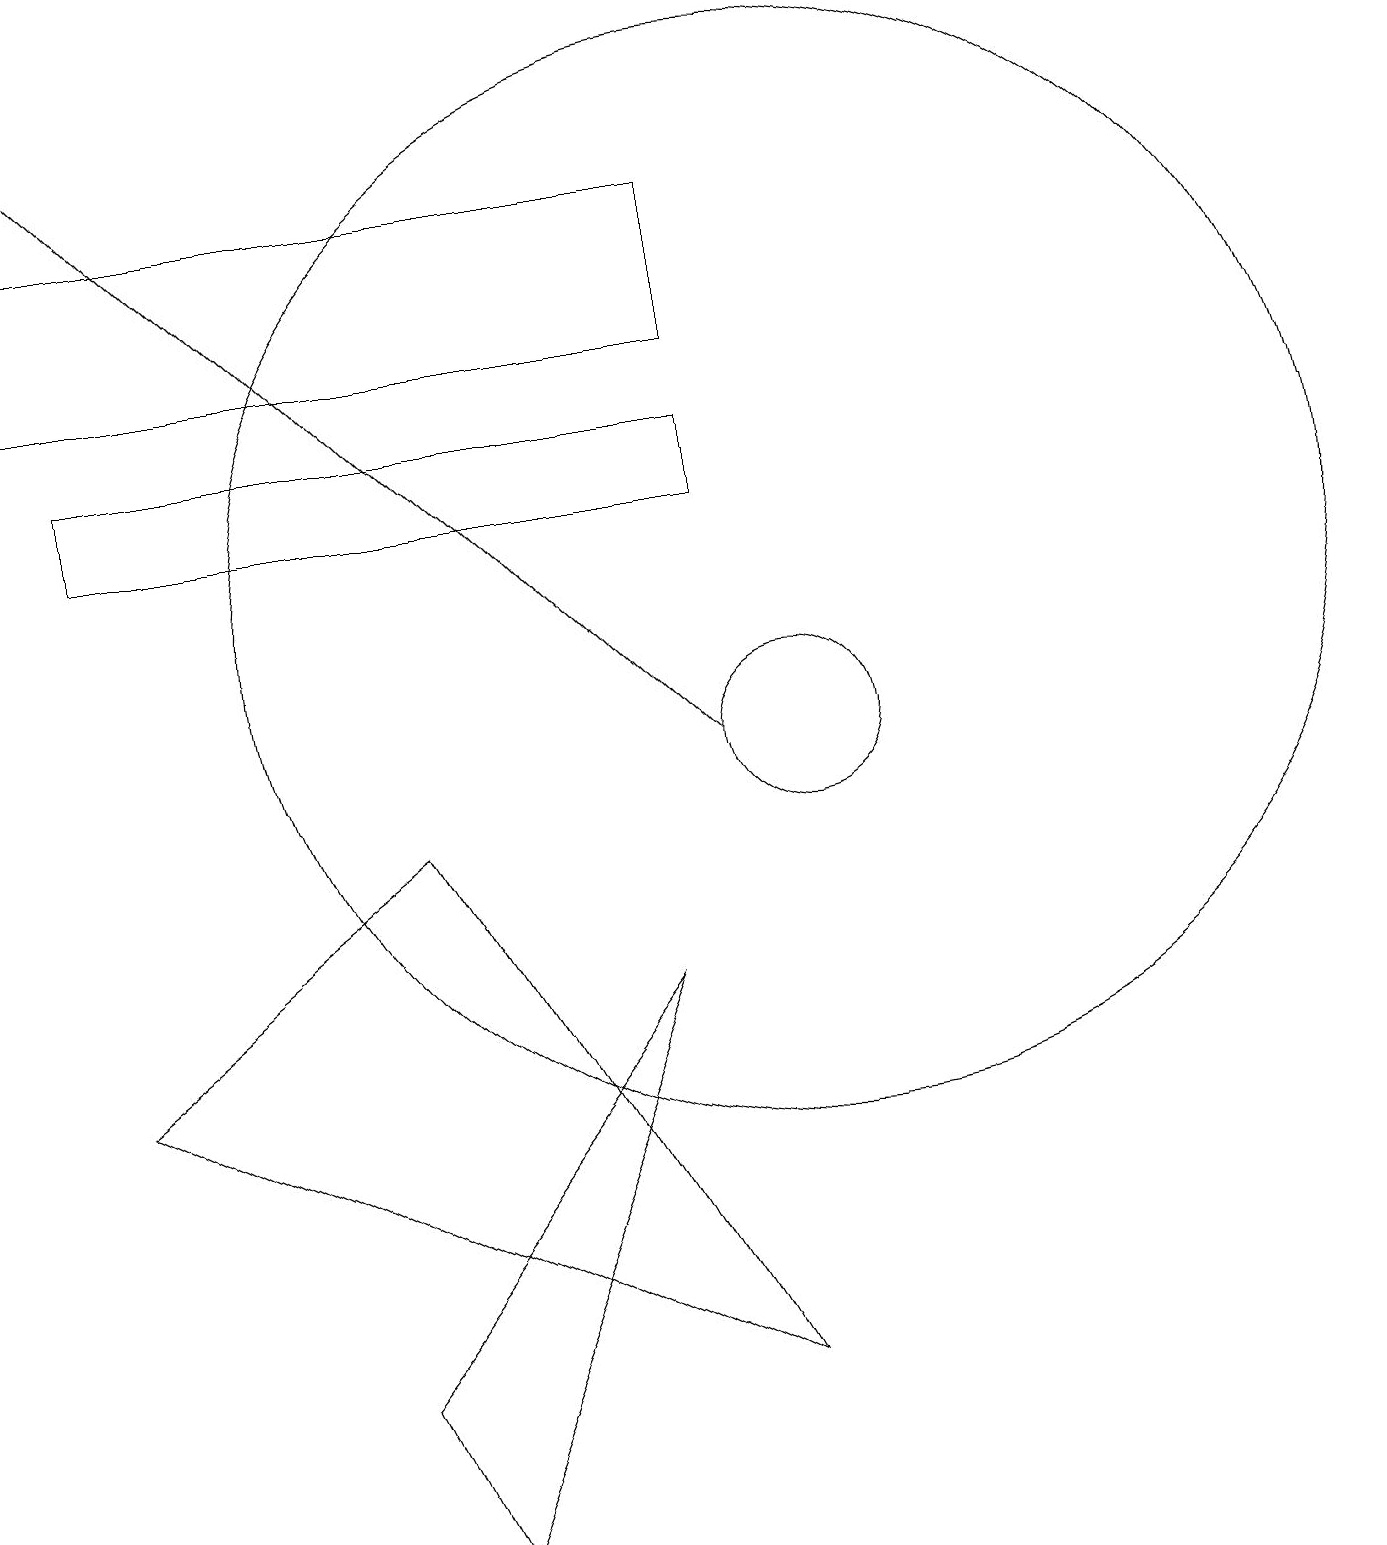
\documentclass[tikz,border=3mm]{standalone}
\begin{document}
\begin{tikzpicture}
\draw[->] (9,10) -- (0,19);
\draw (1,6) -- (9,2) -- (5,9) -- cycle;
\draw (9,14) rectangle (1,13);
\draw (10,12) circle (7);
\draw (9,17) rectangle (0,15);
\draw (4,2) -- (8,7) -- (5,0) -- cycle;
\draw (10,10) circle (1);
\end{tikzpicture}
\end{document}